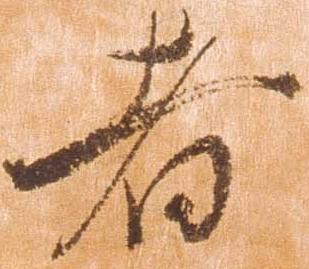
者